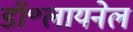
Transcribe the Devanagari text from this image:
डॉ॰लायनेल